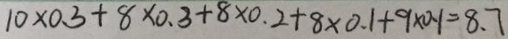
1 0 \times 0 . 3 + 8 \times 0 . 3 + 8 \times 0 . 2 + 8 \times 0 . 1 + 9 \times 0 . 1 = 8 . 7